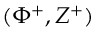
( \Phi ^ { + } , Z ^ { + } )